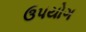
ઉ૫યોગ